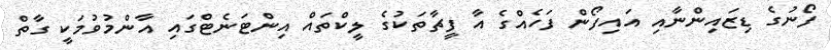
ފޯނުގެ ޑިޒައިންނާއި އައިފޯން ފަހެއްގެ އާ ފީޗާތަކުގެ ލީކްތައް އިންޓަނެޓްގައި އާންމުވުމަކީ ގާތް